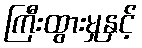
ကြီးထွားမှုနှင့်